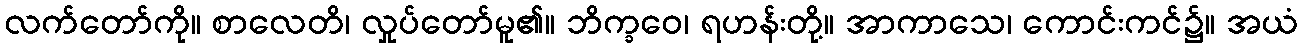
လက်တော်ကို။ စာလေတိ၊ လှုပ်တော်မူ၏။ ဘိက္ခဝေ၊ ရဟန်းတို့။ အာကာသေ၊ ကောင်းကင်၌။ အယံ